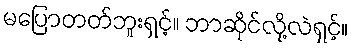
မပြောတတ်ဘူးရှင့်။ ဘာဆိုင်လို့လဲရှင့်။